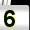
Digit: 5